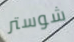
شوستر